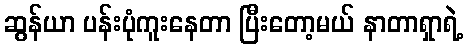
ဆွန်ယာ ပန်းပုံကူးနေတာ ပြီးတော့မယ် နာတာရှာရဲ့